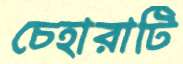
চেহারাটি